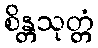
စိန္တသုတ္တံ